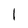
Character: 1